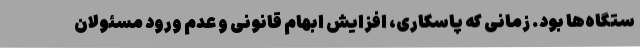
ستگاه‌ها بود. زمانی که پاسکاری، افزایش ابهام قانونی و عدم ورود مسئولان